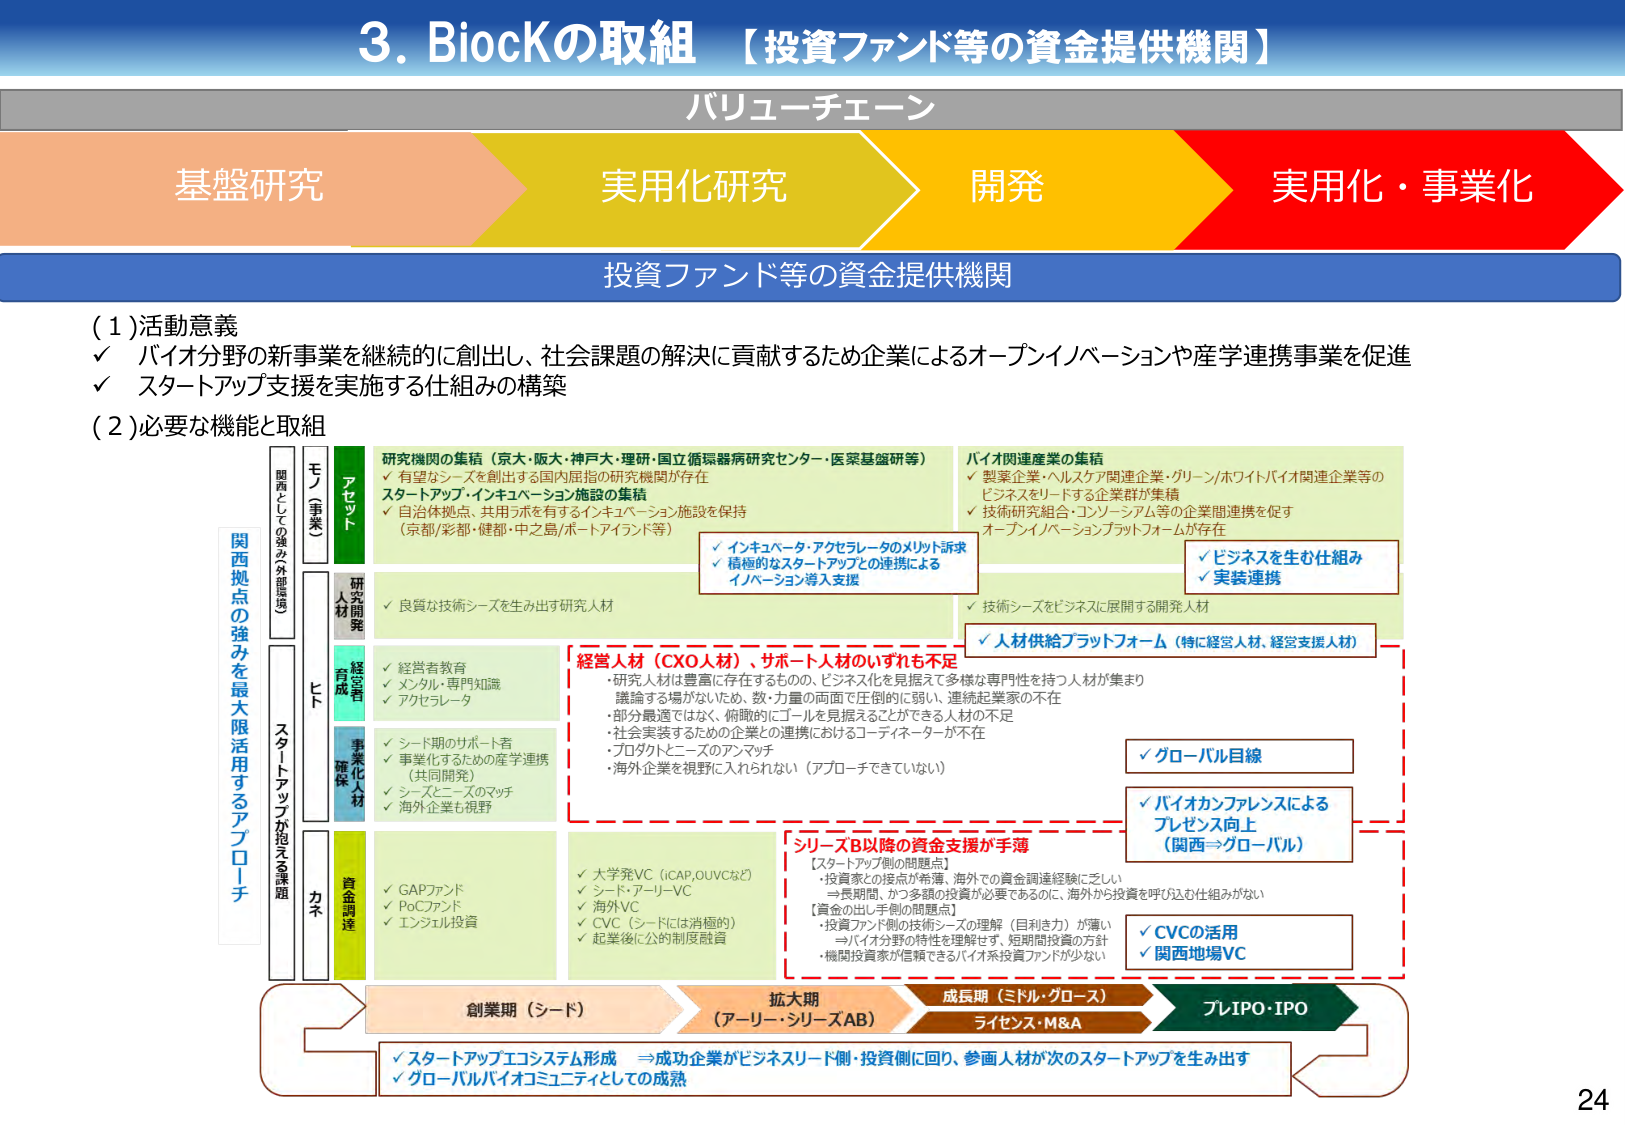
3. BiocKの取組 【投資ファンド等の資金提供機関】

バリューチェーン

基盤研究　→　実用化研究　→　開発　→　実用化・事業化

投資ファンド等の資金提供機関

(1) 活動意義
✓ バイオ分野の新事業を継続的に創出し、社会課題の解決に貢献するため企業によるオープンイノベーションや産学連携事業を促進
✓ スタートアップ支援を実施する仕組みの構築

(2) 必要な機能と取組

【アセット】
研究機関の集積（京大・阪大・神戸大・理研・国立循環器病研究センター・医薬基盤研等）
✓ 有望なシーズを創出する国内屈指の研究連携が存在
スタートアップ・インキュベーション施設の集積
✓ 自治体拠点・共用ラボを有するインキュベーション施設を保持（京都/彩都・健都・中之島/ポートアイランド等）

バイオ関連産業の集積
✓ 製薬企業・ヘルスケア関連企業・グリーン/ホワイトバイオ関連企業等のビジネスをリードする企業群が集積
✓ 技術研究組合・コンソーシアム等の企業間連携を促すオープンイノベーションプラットフォームが存在

✓ インキュベータ・アクセラレータのメリット訴求
✓ 積極的なスタートアップとの連携によるイノベーション導入支援

✓ ビジネスを生む仕組み
✓ 実装連携

【人材開発】
✓ 良質な技術シーズを生み出す研究人材
✓ 技術シーズをビジネスに展開する開発人材

【経営者育成】
✓ 経営者教育
✓ メンタル・専門知識
✓ アクセラレータ

✓ 人材供給プラットフォーム（特に経営人材、経営支援人材）

【事業化人材確保】
✓ シード期のサポート者
✓ 事業化するための産学連携（共同開発）
✓ シーズとニーズのマッチ
✓ 海外企業も視野

【資金調達】
✓ GAPファンド
✓ PoCファンド
✓ エンジェル投資

✓ 大学発VC（iCAP、OUVCなど）
✓ シード・アーリーVC
✓ 海外VC
✓ CVC（シードには消極的）
✓ 起業後に公的制度融資

【経営人材（CXO人材）、サポート人材のいずれも不足】
・研究人材は豊富に存在するものの、ビジネス化を見据えて多様な専門性を持つ人材が集まり議論する場がないため、数・力量の両面で圧倒的に弱い、連続起業家の不在
・部分最適ではなく、俯瞰的にゴールを見据えることができる人材の不足
・社会実装するための企業との連携におけるコーディネーターが不在
・プロダクトとニーズのアンマッチ
・海外企業を視野に入れられない（アプローチできていない）

【シリーズB以降の資金支援が手薄】
【スタートアップ側の問題点】
・投資家との接点が希薄、海外での資金調達経験に乏しい
⇒長期間、かつ多額の投資が必要であるのに、海外から投資を呼び込む仕組みがない
【資金の出し手側の問題点】
・投資ファンド側の技術シーズの理解（目利き力）が薄い
⇒バイオ分野の特性を理解せず、短期間投資の方針
・機関投資家が信頼できるバイオ系投資ファンドが少ない

✓ グローバル目線
✓ バイオカンファレンスによるプレゼンス向上（関西⇒グローバル）
✓ CVCの活用
✓ 関西地場VC

【関西拠点の強みを最大限活用するアプローチ】
関西としての強み（外部環境）
モノ（事業）
ヒト
カネ

【創業期（シード）】 → 【拡大期（アーリー・シリーズAB）】 → 【成長期（ミドル・グロース）】 → 【プレIPO・IPO】
ライセンス・M&A

✓ スタートアップエコシステム形成 ⇒ 成功企業がビジネスリード側・投資側に回り、参画人材が次のスタートアップを生み出す
✓ グローバルバイオコミュニティとしての成熟

24